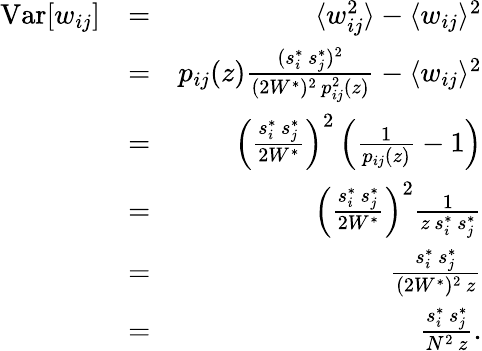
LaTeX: \begin{array}{rlr}{\textrm{Var}[w_{ij}]}&{=}&{\langle w_{ij}^{2}\rangle-\langle w_{ij}\rangle^{2}}\\ &{=}&{p_{ij}(z)\frac{(s_{i}^{*}\, s_{j}^{*})^{2}}{(2W^{*})^{2}\, p_{ij}^{2}(z)}-\langle w_{ij}\rangle^{2}}\\ &{=}&{\left(\frac{s_{i}^{*}\, s_{j}^{*}}{2W^{*}}\right)^{2}\left(\frac{1}{p_{ij}(z)}-1\right)}\\ &{=}&{\left(\frac{s_{i}^{*}\, s_{j}^{*}}{2W^{*}}\right)^{2}\frac{1}{z\, s_{i}^{*}\, s_{j}^{*}}}\\ &{=}&{\frac{s_{i}^{*}\, s_{j}^{*}}{(2W^{*})^{2}\, z}}\\ &{=}&{\frac{s_{i}^{*}\, s_{j}^{*}}{N^{2}\, z}.}\end{array}